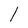
Character: l